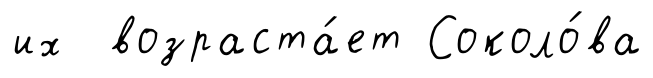
их возраста́ет Соколо́ва